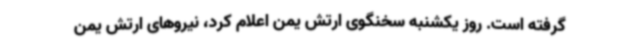
گرفته است. روز یکشنبه سخنگوی ارتش یمن اعلام کرد، نیروهای ارتش یمن